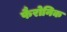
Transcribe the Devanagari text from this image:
फैरोनिक